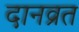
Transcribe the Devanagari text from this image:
दानव्रत